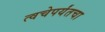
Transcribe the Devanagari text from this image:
त्वचेपर्यंतचा